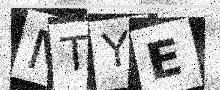
Text: MTYE